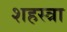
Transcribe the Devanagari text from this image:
शहस्त्रा